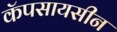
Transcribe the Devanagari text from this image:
कॅपसायसीन